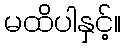
မထိပါနှင့်။